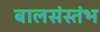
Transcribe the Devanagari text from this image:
बालसंस्तंभ